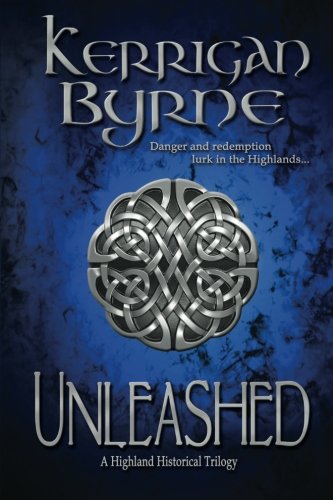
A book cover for Unleashed: A Highland Historical Trilogy; Kerrigan Byrne; Romance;